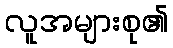
လူအများစု၏